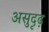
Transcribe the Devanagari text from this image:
असुदृढ़